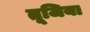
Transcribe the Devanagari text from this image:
तूजिया